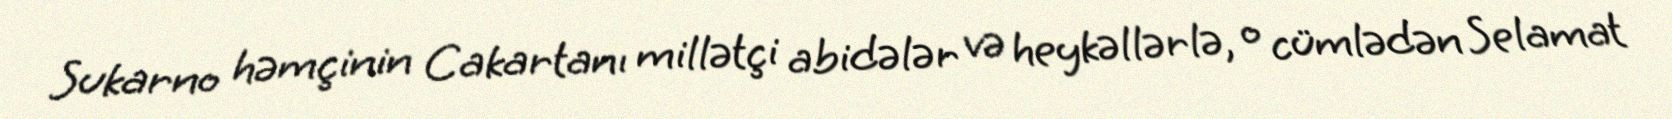
Sukarno həmçinin Cakartanı millətçi abidələr və heykəllərlə, o cümlədən Selamat